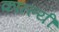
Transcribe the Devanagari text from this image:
कात्ल्यीं